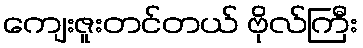
ကျေးဇူးတင်တယ် ဗိုလ်ကြီး